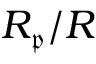
R _ { \mathfrak { p } } / R